Report of the Imperial Institute of Veterinary Research, Muktesar
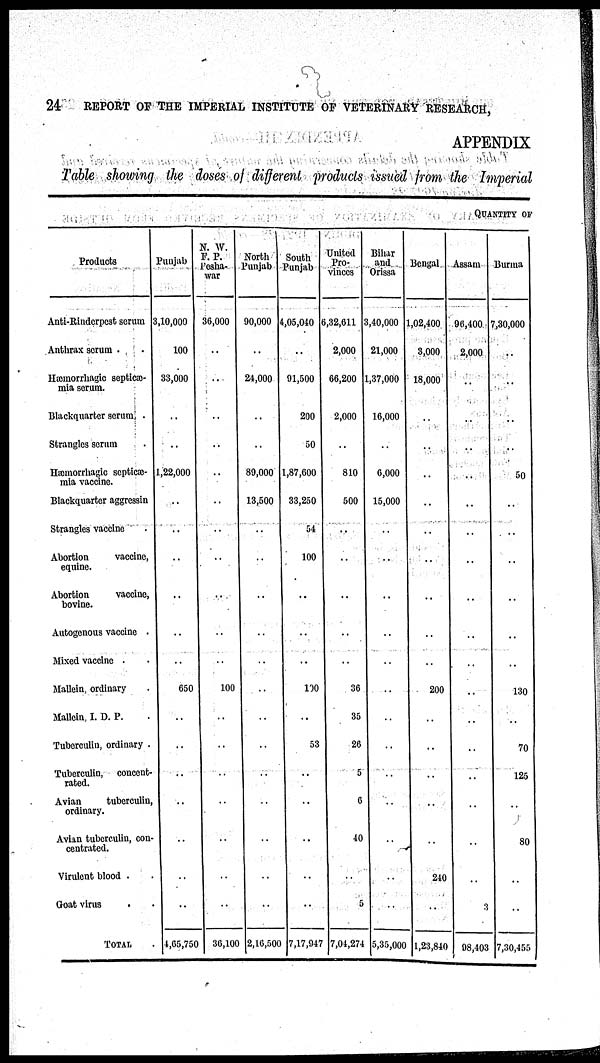
24 REPORT OF THE IMPERIAL INSTITUTE OF VETERINARY RESEARCH,
APPENDIX
Table showing the doses of different products issued from the Imperial
QUANTITY OF
Products
Anti-Rinderpest
serum
Anthrax serum . .
Hæmorrhagic septicæ-
mia serum.
Blackquarter serum .
Strangles serum
Hæmorrhagic septicæ-
mia vaccine.
Blackquarter aggressin
Strangles vaccine .
Abortion
vaccine,
equine.
Abortion
vaccine,
bovine.
Autogenous vaccine .
Mixed vaccine . .
Mallein, ordinary .
Mallein, I. D. P.
Tuberculin, ordinary .
Tuberculin,
concent-
rated.
Avian
tuberculin,
ordinary.
Avian tuberculin, con-
centrated.
Virulent blood . .
Goat virus
. .
TOTAL
Punjab
3,10,000
100
33,000
..
..
1,22,000
..
..
..
..
..
..
..
650
..
..
..
..
..
..
..
4,65,750
N. W.
F. P.
Pesha-
war
36,000
..
..
..
..
..
..
..
..
..
..
..
..
100
..
..
..
..
..
..
..
36,100
North
Punjab
90,000
..
24,000
..
..
89,000
13,500
..
..
..
..
..
..
..
..
..
..
..
..
..
2,16,500
South
Punjab
4,05,040
..
91,500
200
50
1,87,600
33,250
54
100
..
..
..
..
100
..
53
..
..
..
..
..
7,17,947
United
Pro-
vinces
6,32,611
2,000
66,200
2,000
..
810
500
..
..
..
..
..
..
36
35
26
5
6
40
..
5
7,04,274
Bihar
and
Orissa
3,40,000
21,000
1,37,000
16,000
..
6,000
15,000
..
..
..
..
..
..
..
..
..
..
..
..
..
..
5,35,000
Bengal
1,02,400
3,000
18,000
..
..
..
..
..
..
..
..
..
..
200
..
..
...
..
..
240
..
1,23,840
Assam
96,400
2,000
..
..
..
..
..
..
..
..
..
..
..
..
..
..
..
..
..
..
3
98,403
Burma
7,30,000
..
..
..
..
50
..
..
..
..
..
..
130
70
125
..
80
..
..
7,30,455